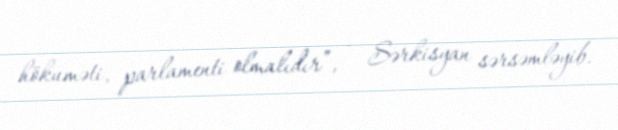
hökuməti, parlamenti olmalıdır”, - Sərkisyan sərsəmləyib.